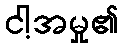
ငါ့အမှု၏